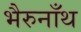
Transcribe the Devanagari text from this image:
भैरुनाँथ